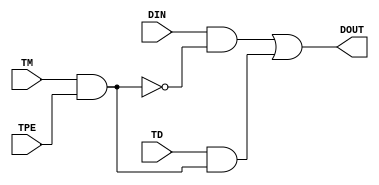
////////////////////////////////////////////////////////////////////////////////
//
//       This confidential and proprietary software may be used only
//     as authorized by a licensing agreement from Synopsys Inc.
//     In the event of publication, the following notice is applicable:
//
//                    (C) COPYRIGHT 1998 - 2016 SYNOPSYS INC.
//                           ALL RIGHTS RESERVED
//
//       The entire notice above must be reproduced on all authorized
//     copies.
//
//
// VERSION:   Simulation Architecture
//
// NOTE:      This is a subentity.
//            This file is for internal use only.
//
// DesignWare_version: 9095a5a7
// DesignWare_release: K-2015.06-DWBB_201506.5.2
//
////////////////////////////////////////////////////////////////////////////////
//-----------------------------------------------------------------------------------
//
// ABSTRACT: Generic Control/Force test point - Simulation Model
//
// MODIFIED: 
//
//----------------------------------------------------------------------------

module DW_control_force (DIN, TD, TM, TPE, DOUT);

input  DIN;
input  TD;
input  TM;
input  TPE;
output DOUT;
wire   mux_ctl;

assign mux_ctl = TM & TPE;
assign DOUT    = (DIN & !(mux_ctl)) | (TD & mux_ctl);


endmodule